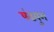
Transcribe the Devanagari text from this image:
षंढयुग